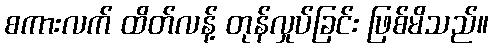
စကားလက် ထိတ်လန့် တုန်လှုပ်ခြင်း ဖြစ်မိသည်။